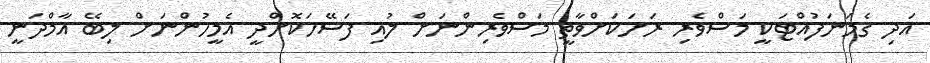
އަދި ގެމަނަފުއްޓަކީ މަސްވެރި ރަށަކަށްވާތީ މަސްވެރިންނަށް ލުއި ފަސޭހަކޮށްދީ އެމީހުންނަށް ލިބޭ އާމްދަނީ